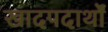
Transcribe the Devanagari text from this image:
खादपदार्थों